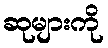
ဆုများကို